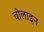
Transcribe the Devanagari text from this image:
चोलाइन